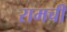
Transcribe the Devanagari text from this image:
रामची